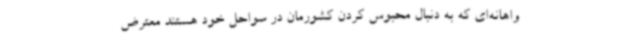
واهانه‌ای که به دنبال محبوس کردن کشورمان در سواحل خود هستند معترض